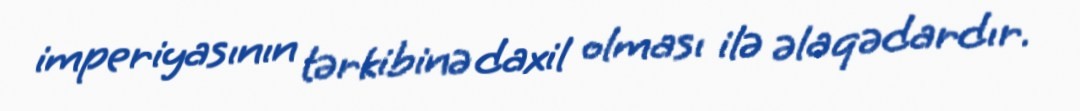
imperiyasının tərkibinə daxil olması ilə əlaqədardır.